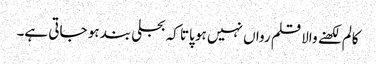
کالم لکھنے والا قلم رواں نہیں ہو پاتا کہ بجلی بند ہو جاتی ہے۔